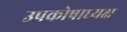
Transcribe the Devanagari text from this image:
उपकोषाध्यक्ष